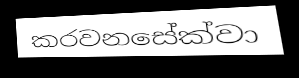
කරවනසේක්වා